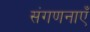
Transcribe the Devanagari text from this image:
संगणनाएँ